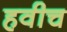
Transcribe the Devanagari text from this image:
हवीच